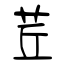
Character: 茊